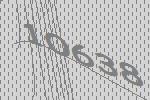
10638